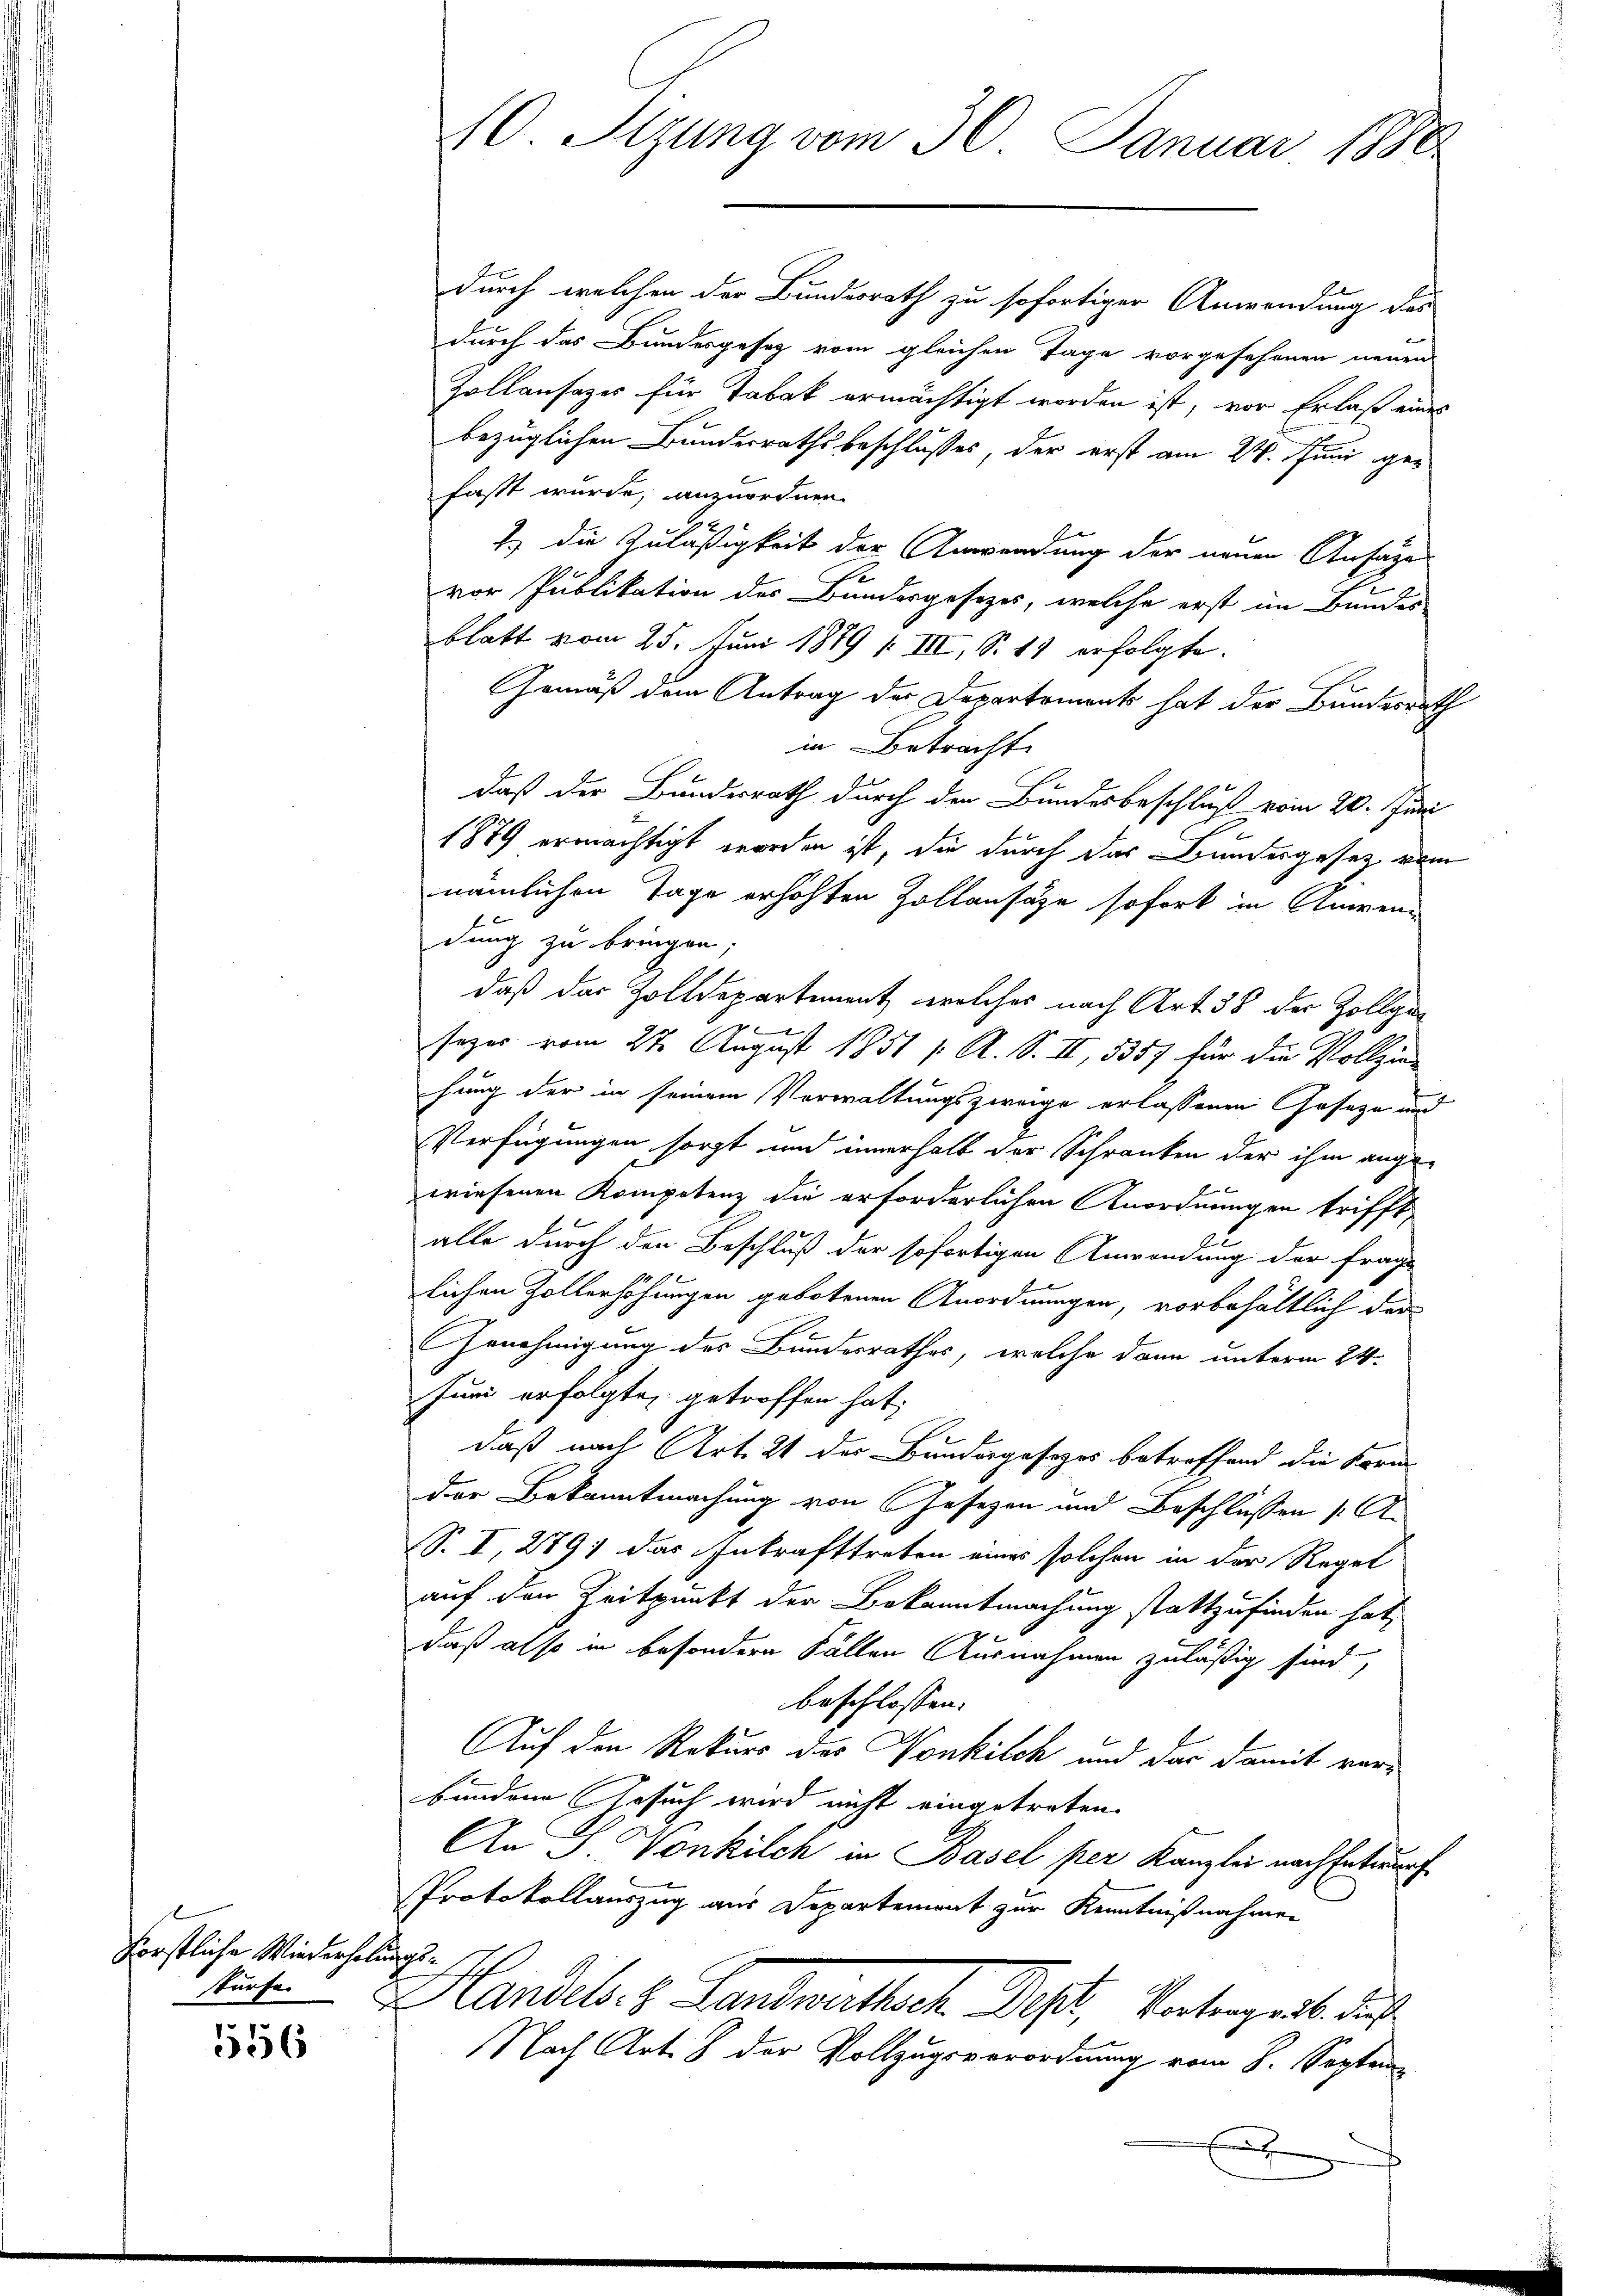
förstliche Wiederholungsstürfe.

556

10. Stzung vom 30. Januar 1880

durch welchen der Bundesrath zu sofortiger Anwendung des
durch das Bundesgesetz vom gleichen Tage vorgesehenen neuen
Zollansazes für Tabak ermächtigt worden ist, vor Erlaß eines
bezüglichen Bundesrathsbeschlusses, der erst am 24. Juni gefasst wurde, anzuordnen.
1) die Zuläßigkeit der Anwendung der neuen Ansage
vor Publikation des Bundesgesezes, welche erst im Bundes
blatt vom 25. Juni 1879 1. III, S. 11 erfolgte.
Gemäß dem Antrag der Departements hat der Bundesrath
in Betracht.
daß der Bundesrath durch den Bundesbeschluß vom 20. Juni
1879 ermächtigt worden ist, die durch das Bundesgesetz vom
nämlichen Tage erhöhten Zollansätze sofort in Anwendung zu bringen;
daß das Zolldepartement, welches nach Art. 38 der Zollge-
seger vom 27. August 1851 f. A. S. II, 5357 für die Vollzie-
hung der in seinem Vorwaltungszweige erlassenen Geseze und
Verfügungen sorgt und innerhalb der Schranken der ihm angewiesenen Kompetenz die erforderlichen Anordnungen trifft,
alle durch den Beschluß der sofortigen Anwendung der frage
lichen Zollerhöhungen gebotenen Anordnungen, vorbehältlich der
Genehmigung des Bundesrathes, welche dann unterm 24.
Juni erfolgte, getroffen hat,
daß nach Art. 21 der Bundesgesezes betreffend die Korn
der Bekanntmachung von Gesezen und Beschlüssen (Ar
S. I, 279 das Inkrafttreten eines solchen in der Regel
auf den Zeitpunkt der Bekanntmachung stattzufinden hat,
daß also in besonderen Fällen Ausnahmen zuläßig sind,
beschlossen:
Auf den Rekurs des Nonkilch und das damit vorbundene Gesuch wird nicht eingetreten.
An S. Vonkilch in Basel per Kanzlei nach Entwurf
Protokollauszug aus Departement zur Kenntnißnahmen
Handels. 8. Landwirthsch Pest, Vatergeist das
Nach Art. 8 der Vollzugsverordnung vom 8. Septem
E